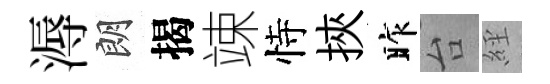
溽朗揭竦恃挾昨台𦀇